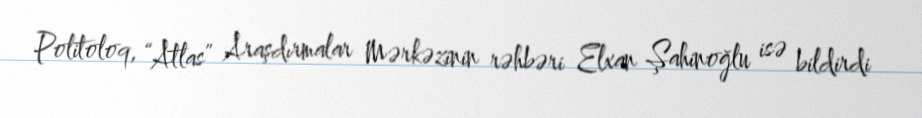
Politoloq, “Atlas” Araşdırmalar Mərkəzinin rəhbəri Elxan Şahinoğlu isə bildirdi